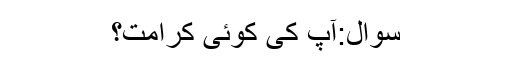
سوال:آپ کی کوئی کرامت؟